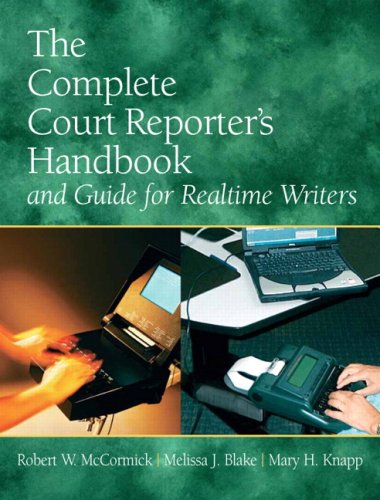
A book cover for The Complete Court Reporter's Handbook and Guide for Realtime Writers (5th Edition); Robert W. McCormick; Law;